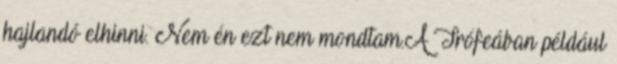
hajlandó elhinni. Nem én ezt nem mondtam.A Trófeában például